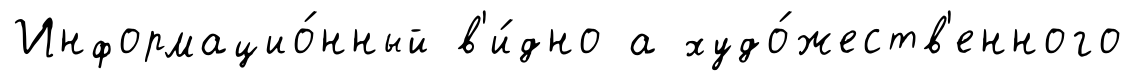
Информацио́нный в'и́дно а худо́жеств'енного